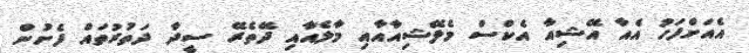
އެއަށްފަހު އެއާ އޭޝިއާ އެކްސް މެލޭޝިއާއާއި މާލެއާއި ދޭތެރޭ ސީދާ ދަތުރުތައް ފެށުން